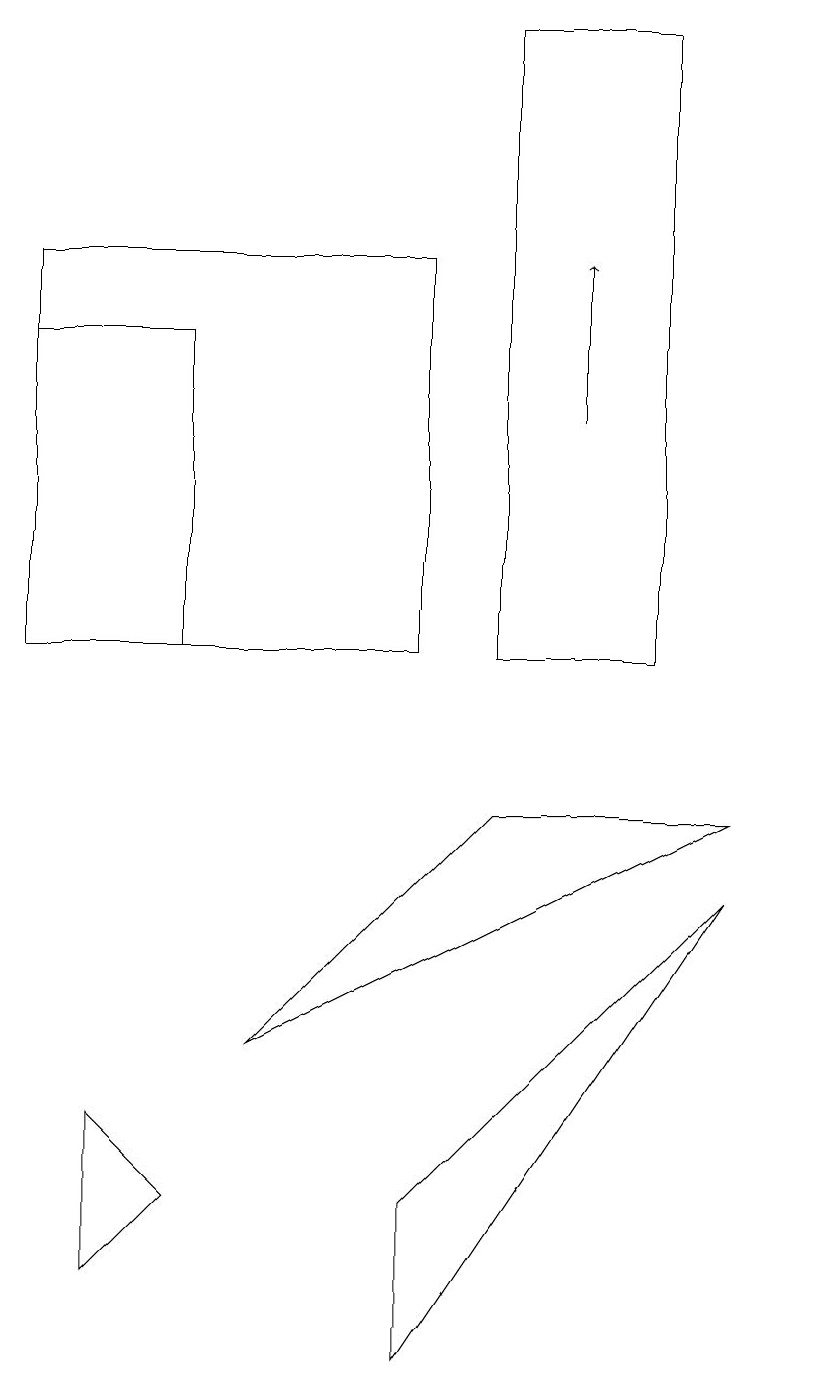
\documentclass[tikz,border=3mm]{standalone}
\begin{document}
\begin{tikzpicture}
\draw (0,15) rectangle (2,11);
\draw (10,12) circle (0);
\draw (6,11) rectangle (8,19);
\draw (9,9) -- (6,9) -- (3,6) -- cycle;
\draw (5,2) -- (5,4) -- (9,8) -- cycle;
\draw[->] (7,14) -- (7,16);
\draw (5,11) rectangle (0,16);
\draw (1,3) -- (1,5) -- (2,4) -- cycle;
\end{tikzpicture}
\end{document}